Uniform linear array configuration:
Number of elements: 8
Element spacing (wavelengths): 0.5
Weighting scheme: blackman
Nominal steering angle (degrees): -60
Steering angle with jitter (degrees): -58.056
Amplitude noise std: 0.05
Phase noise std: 0.05

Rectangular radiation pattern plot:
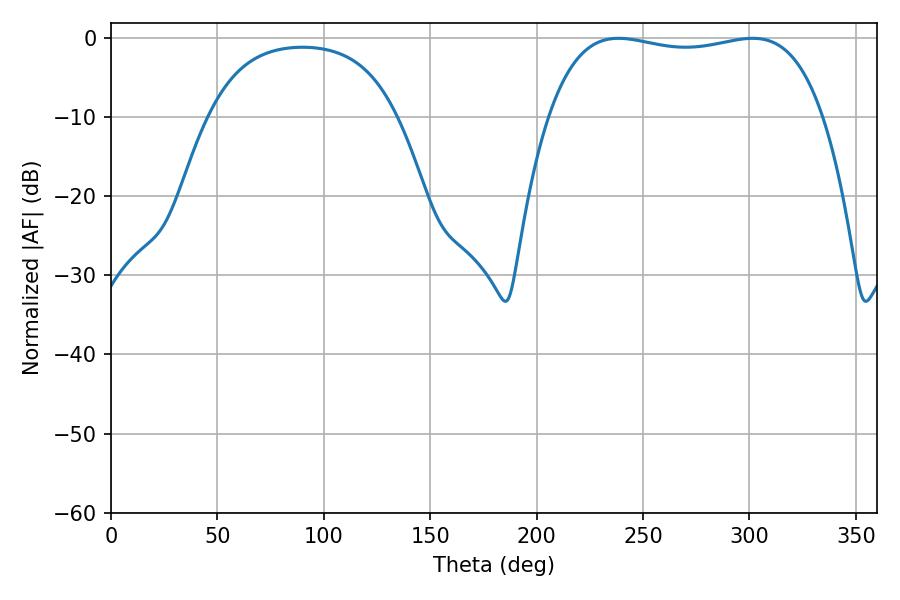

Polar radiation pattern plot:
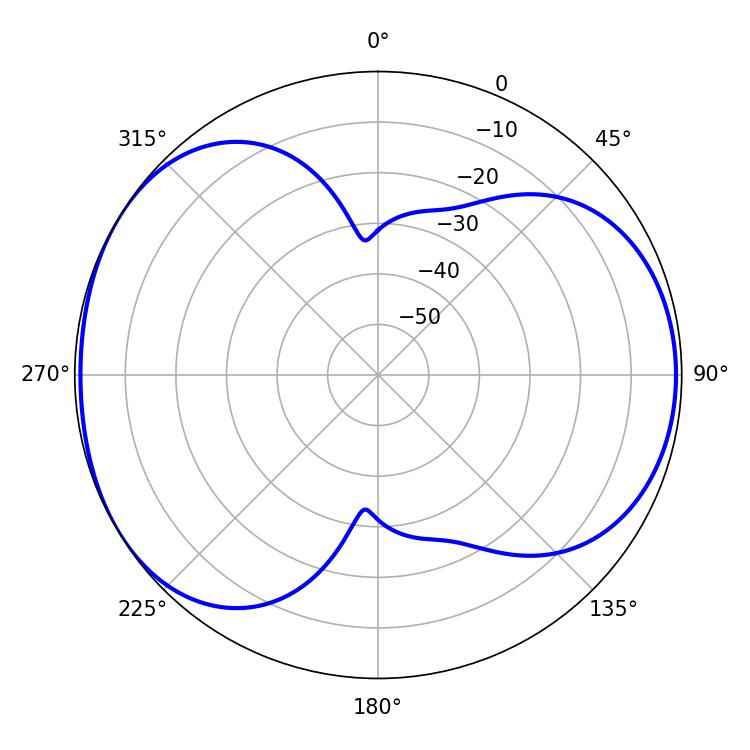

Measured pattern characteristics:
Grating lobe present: FALSE
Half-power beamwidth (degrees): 104.04
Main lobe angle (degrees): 238.5